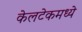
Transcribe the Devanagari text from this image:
केलटेकमध्ये